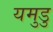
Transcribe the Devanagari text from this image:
यमुडु